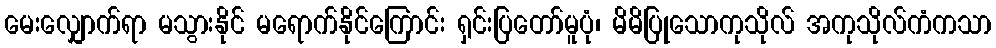
မေးလျှောက်ရာ မသွားနိုင် မရောက်နိုင်ကြောင်း ရှင်းပြတော်မူပုံ၊ မိမိပြုသောကုသိုလ် အကုသိုလ်ကံကသာ